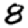
Digit: 8